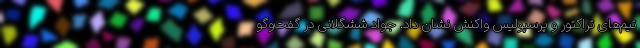
تیم‌های تراکتور و پرسپولیس واکنش نشان داد. جواد ششگلانی در گفت‌و‌گو